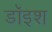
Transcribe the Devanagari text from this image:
डॉइश